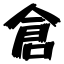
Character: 倉